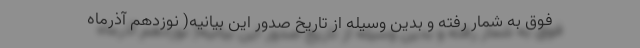
فوق به شمار رفته و بدین وسیله از تاریخ صدور این بیانیه( نوزدهم آذرماه